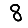
Digit: 8